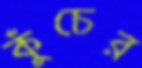
কুঁচের